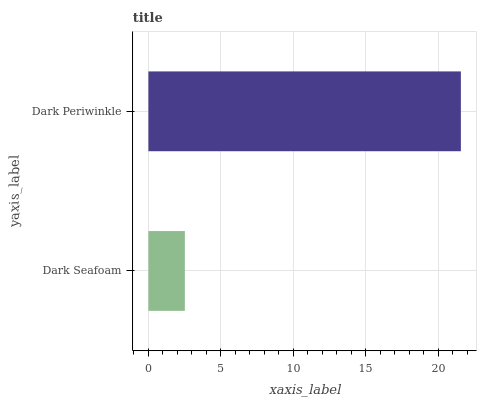
| yaxis_label | bars |
 | --- | --- |
 | Dark Seafoam | 2.52 |
 | Dark Periwinkle | 21.6 |